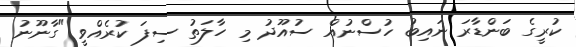
ކުރީގެ ބަންޑާރަ ނައިބު ހުސްނުއް ސުއޫދު މި ހާލަތު ސިފަ ކުރެއްވީ "ގާނޫނު